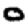
Digit: 0